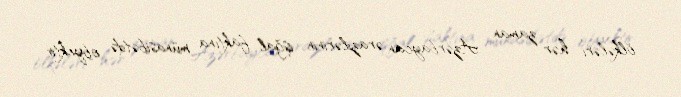
ölkələri hər zaman Azərbaycan ərazilərinin işğal faktına münasibətdə obyektiv